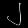
Digit: ၂